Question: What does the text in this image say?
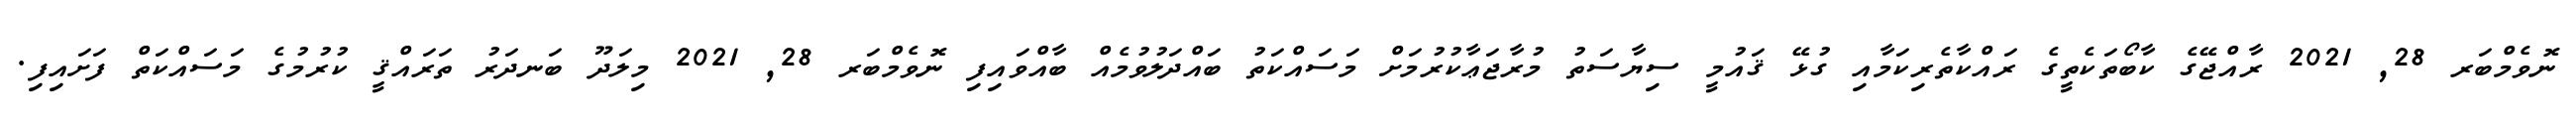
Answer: ނޮވެމްބަރ 28, 2021 ރާއްޖޭގެ ކާބޯތަކެތީގެ ރައްކާތެރިކަމާއި ގުޅޭ ޤައުމީ ސިޔާސަތު މުރާޖަޢާކުރުމަށް މަސައްކަތު ބައްދަލުވުމެއް ބާއްވައިފި ނޮވެމްބަރ 28, 2021 މިލަދޫ ބަނދަރު ތަރައްޤީ ކުރުމުގެ މަސައްކަތް ފަށައިފި.